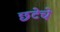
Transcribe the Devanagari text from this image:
छटेचे